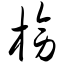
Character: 榜